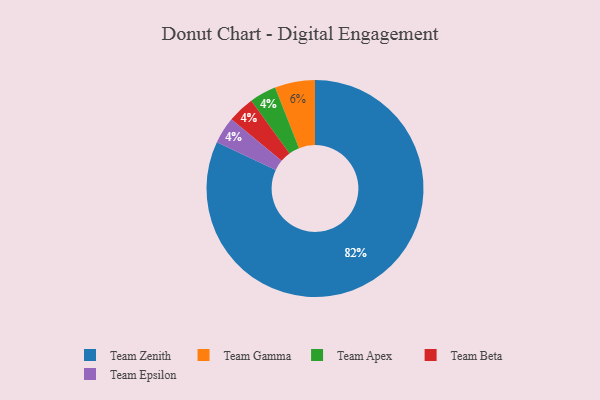
{"axis": {"x": "Category", "y": "Percentage"}, "legend": ["Team Apex", "Team Beta", "Team Epsilon", "Team Gamma", "Team Zenith"], "data": [{"x": "Team Apex", "y": 4, "type": "Team Apex"}, {"x": "Team Beta", "y": 4, "type": "Team Beta"}, {"x": "Team Gamma", "y": 6, "type": "Team Gamma"}, {"x": "Team Epsilon", "y": 4, "type": "Team Epsilon"}, {"x": "Team Zenith", "y": 82, "type": "Team Zenith"}]}